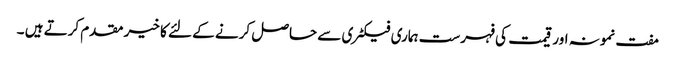
مفت نمونہ اور قیمت کی فہرست ہماری فیکٹری سے حاصل کرنے کے لئے کا خیر مقدم کرتے ہیں ۔